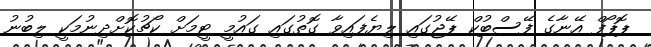
ޕޮޕޯފް އޭނާގެ ފޭސްބުކް ޕޭޖުގައި ލިޔެފައިވާ ގޮތުގައި ގައުމީ ޓީމަށް ކޯޗުކޮށްދިނުމަކީ ލިބުނު